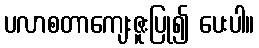
ပလာစတာကျေးဇူးပြု၍ ပေးပါ။